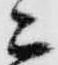
ニ